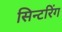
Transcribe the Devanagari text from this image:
सिन्टरिंग